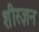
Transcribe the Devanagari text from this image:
शीरज़न